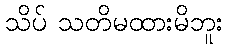
သိပ် သတိမထားမိဘူး